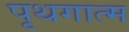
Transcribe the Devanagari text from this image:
पृथगात्म